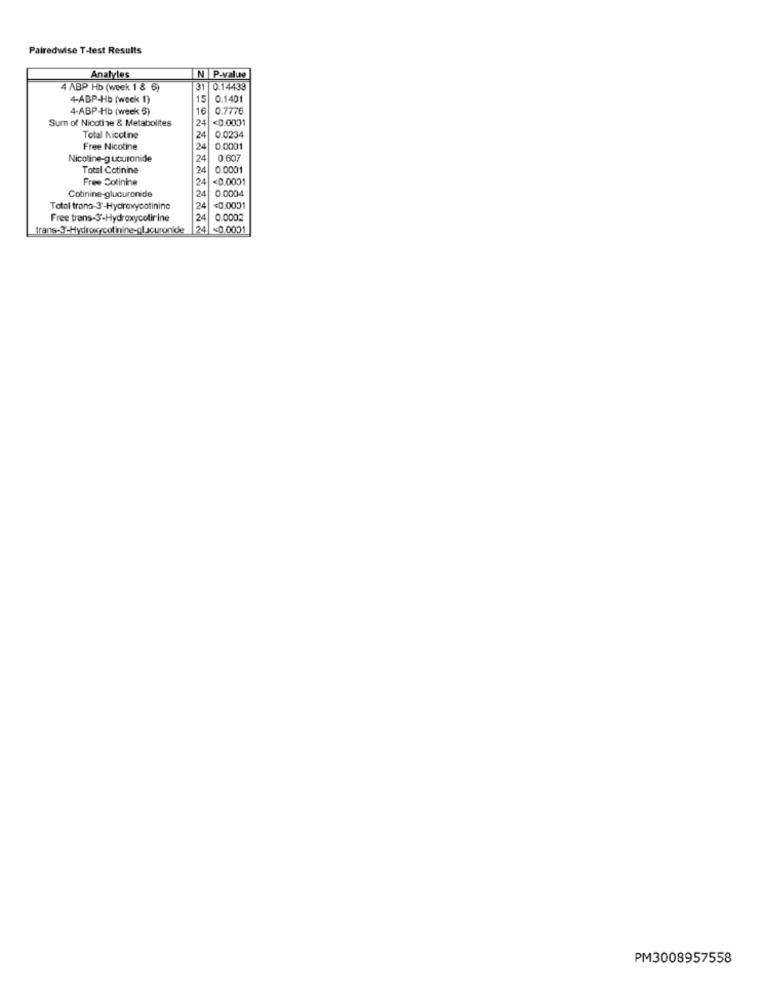
Pairedwise T-test Results
Analyles
N P-value
4 ABP Hb (week 1 & 6)
31 0.14433
4-ABP-Hb (week 1)
15
0.1401
4-ABP-Hb (week 5)
16
0.7776
Sum of Nicotine & Metabolites
24
<0.0001
0.0234
Total Nicotine
24
Free Nicotine
24
0.0001
Nicotine-g ucuronide
24
0.607
Total Cotinine
24
0.0001
Free Cotinine
24
<0.0001
24
0.0004
Cotinine-glucuronide
Total trans-3'-Hydroxycotininc
24|
<0.0001
Free trans-3-Hydroxycolirine
24 0.0002
trans-3'-Hydroxycotinine-glucuronide
24
<0.0001
PM3008957558